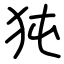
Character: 㹠